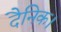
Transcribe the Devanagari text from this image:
दैनिक।